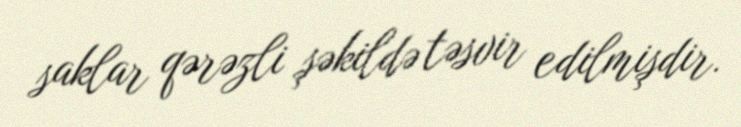
saklar qərəzli şəkildə təsvir edilmişdir.